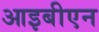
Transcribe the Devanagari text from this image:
आइबीएन